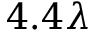
4 . 4 \lambda